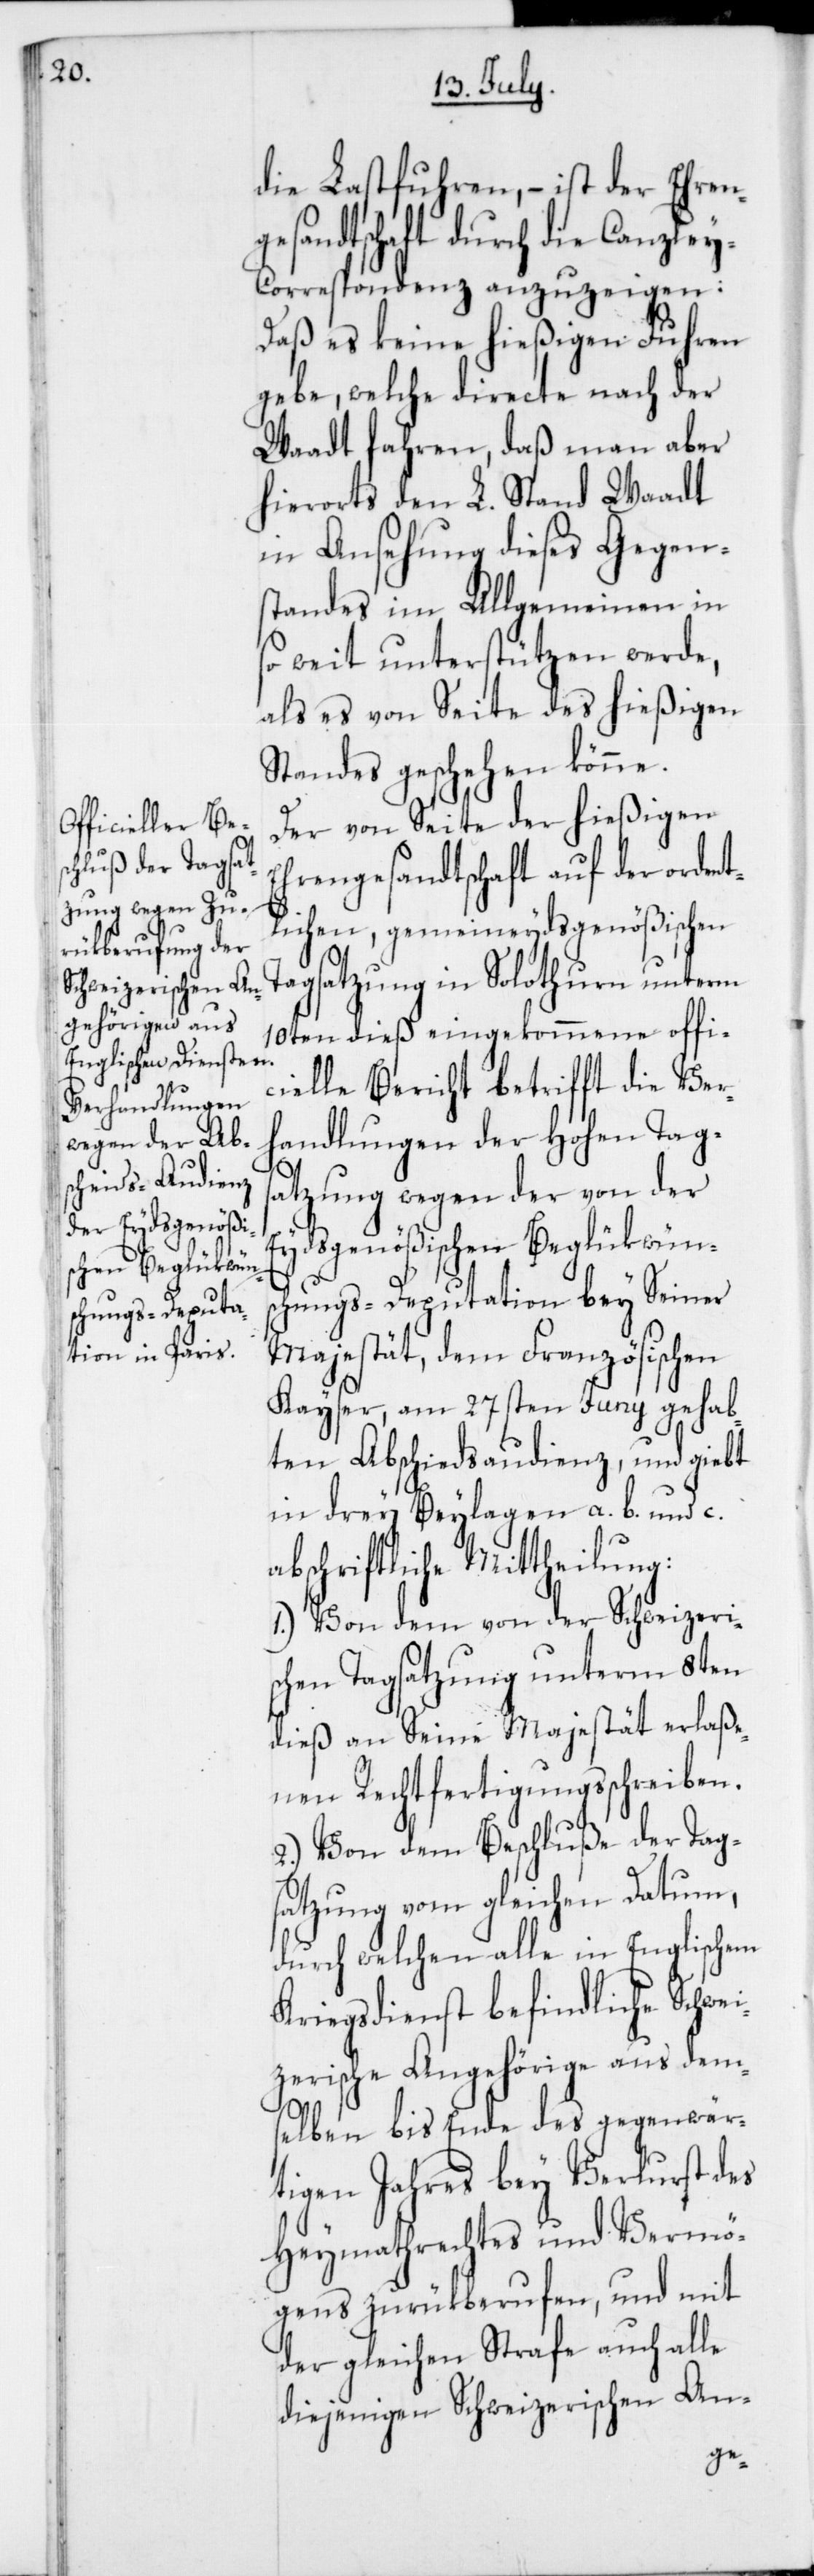
die Lastfuhren, – ist der Ehren¬
gesandtschaft durch die Canzle¬
y-Correspondenz anzuzeigen:
Daß es keine hießigen Fuhren
gebe, welche directe nach der
Waadt fahren, daß man aber
hierorts den L. Stand Waadt
in Ansehung dieses Gegen¬
standes im Allgemeinen in
so weit unterstützen werde,
als es von Seite des hießigen
Standes geschehen könne.
Der von Seite der hießigen
Ehrengesandtschaft auf der ordent¬
lichen gemeineydsgenößischen
Tagsatzung in Solothurn unterm
10ten dieß eingekommene offi¬
cielle Bericht betrifft die Ver¬
handlungen der Hohen Tag¬
satzung wegen der von der
Eydsgenößischen Beglükwüns¬
chungs-Deputation bey Seiner
Majestät, dem Französischen
Kayser, am 27sten Juny gehab¬
ten Abschiedsaudienz, und giebt
in drey Beylagen a. b. und c.
abschriftliche Mittheilung:
1. Von dem von der schweizeri¬
schen Tagsatzung unterm 8ten
dieß an Seine Majestät erlaße¬
nen Rechtfertigungsschreiben.
2. Von dem Beschluße der Tag¬
satzung vom gleichen Datum,
durch welchen alle in Englischem
Kriegsdienst befindliche Schwei¬
zerische Angehörige aus dem¬
selben bis Ende des gegenwär¬
tigen Jahres bey Verlust des
Heymathrechtes und Vermö¬
gens zurükberufen, und mit
der gleichen Strafe auch alle
diejenigen Schweizerischen An-